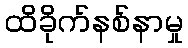
ထိခိုက်နစ်နာမှု